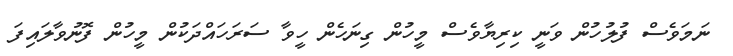
ނަމަވެސް ފުލުހުން ވަނީ ކިރިޔާވެސް މީހުން ގިނަހެން ހީވާ ސަރަހައްދަކުން މީހުން ފޮނުވާލައިފަ